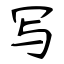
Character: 写